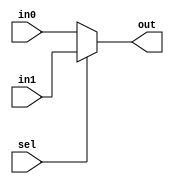
module Mux2_5 (in0,in1, sel, out);
input [4:0] in0,in1; 
input sel; 
output[4:0] out;

    assign out = sel ? in1 : in0;
endmodule